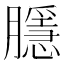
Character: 𭩑